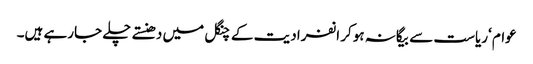
عوام ‘ریاست سے بیگانہ ہوکر انفرادیت کے چنگل میں دھنستے چلے جارہے ہیں۔